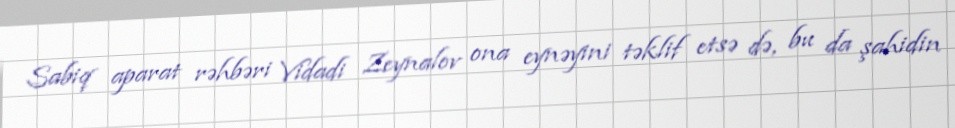
Sabiq aparat rəhbəri Vidadi Zeynalov ona eynəyini təklif etsə də, bu da şahidin